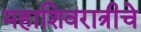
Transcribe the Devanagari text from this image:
महाशिवरात्रीचे